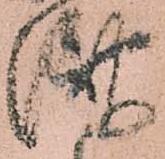
濟